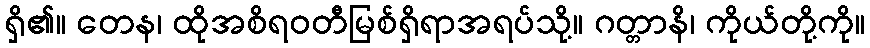
ရှိ၏။ တေန၊ ထိုအစိရဝတီမြစ်ရှိရာအရပ်သို့။ ဂတ္တာနိ၊ ကိုယ်တို့ကို။